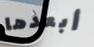
أبعدها